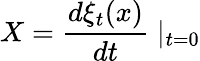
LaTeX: X=\frac{d\xi_{t}(x)}{dt}\mid_{t=0}